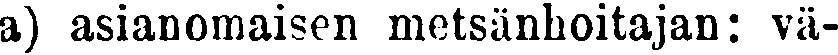
a) asianomaisen metsänhoitajan: vä-